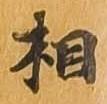
相